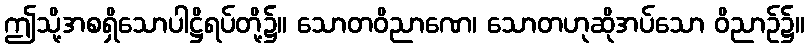
ဤသို့အစရှိသောပါဋ္ဌိရပ်တို့၌။ သောတဝိညာဏေ၊ သောတဟုဆိုအပ်သော ဝိညာဉ်၌။